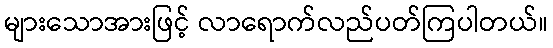
များသောအားဖြင့် လာရောက်လည်ပတ်ကြပါတယ်။